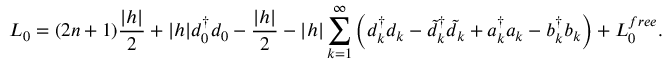
L _ { 0 } = ( 2 n + 1 ) { \frac { | h | } { 2 } } + | h | d _ { 0 } ^ { \dagger } d _ { 0 } - { \frac { | h | } { 2 } } - | h | \sum _ { k = 1 } ^ { \infty } \left( d _ { k } ^ { \dagger } d _ { k } - \tilde { d } _ { k } ^ { \dagger } \tilde { d } _ { k } + a _ { k } ^ { \dagger } a _ { k } - b _ { k } ^ { \dagger } b _ { k } \right) + L _ { 0 } ^ { f r e e } .